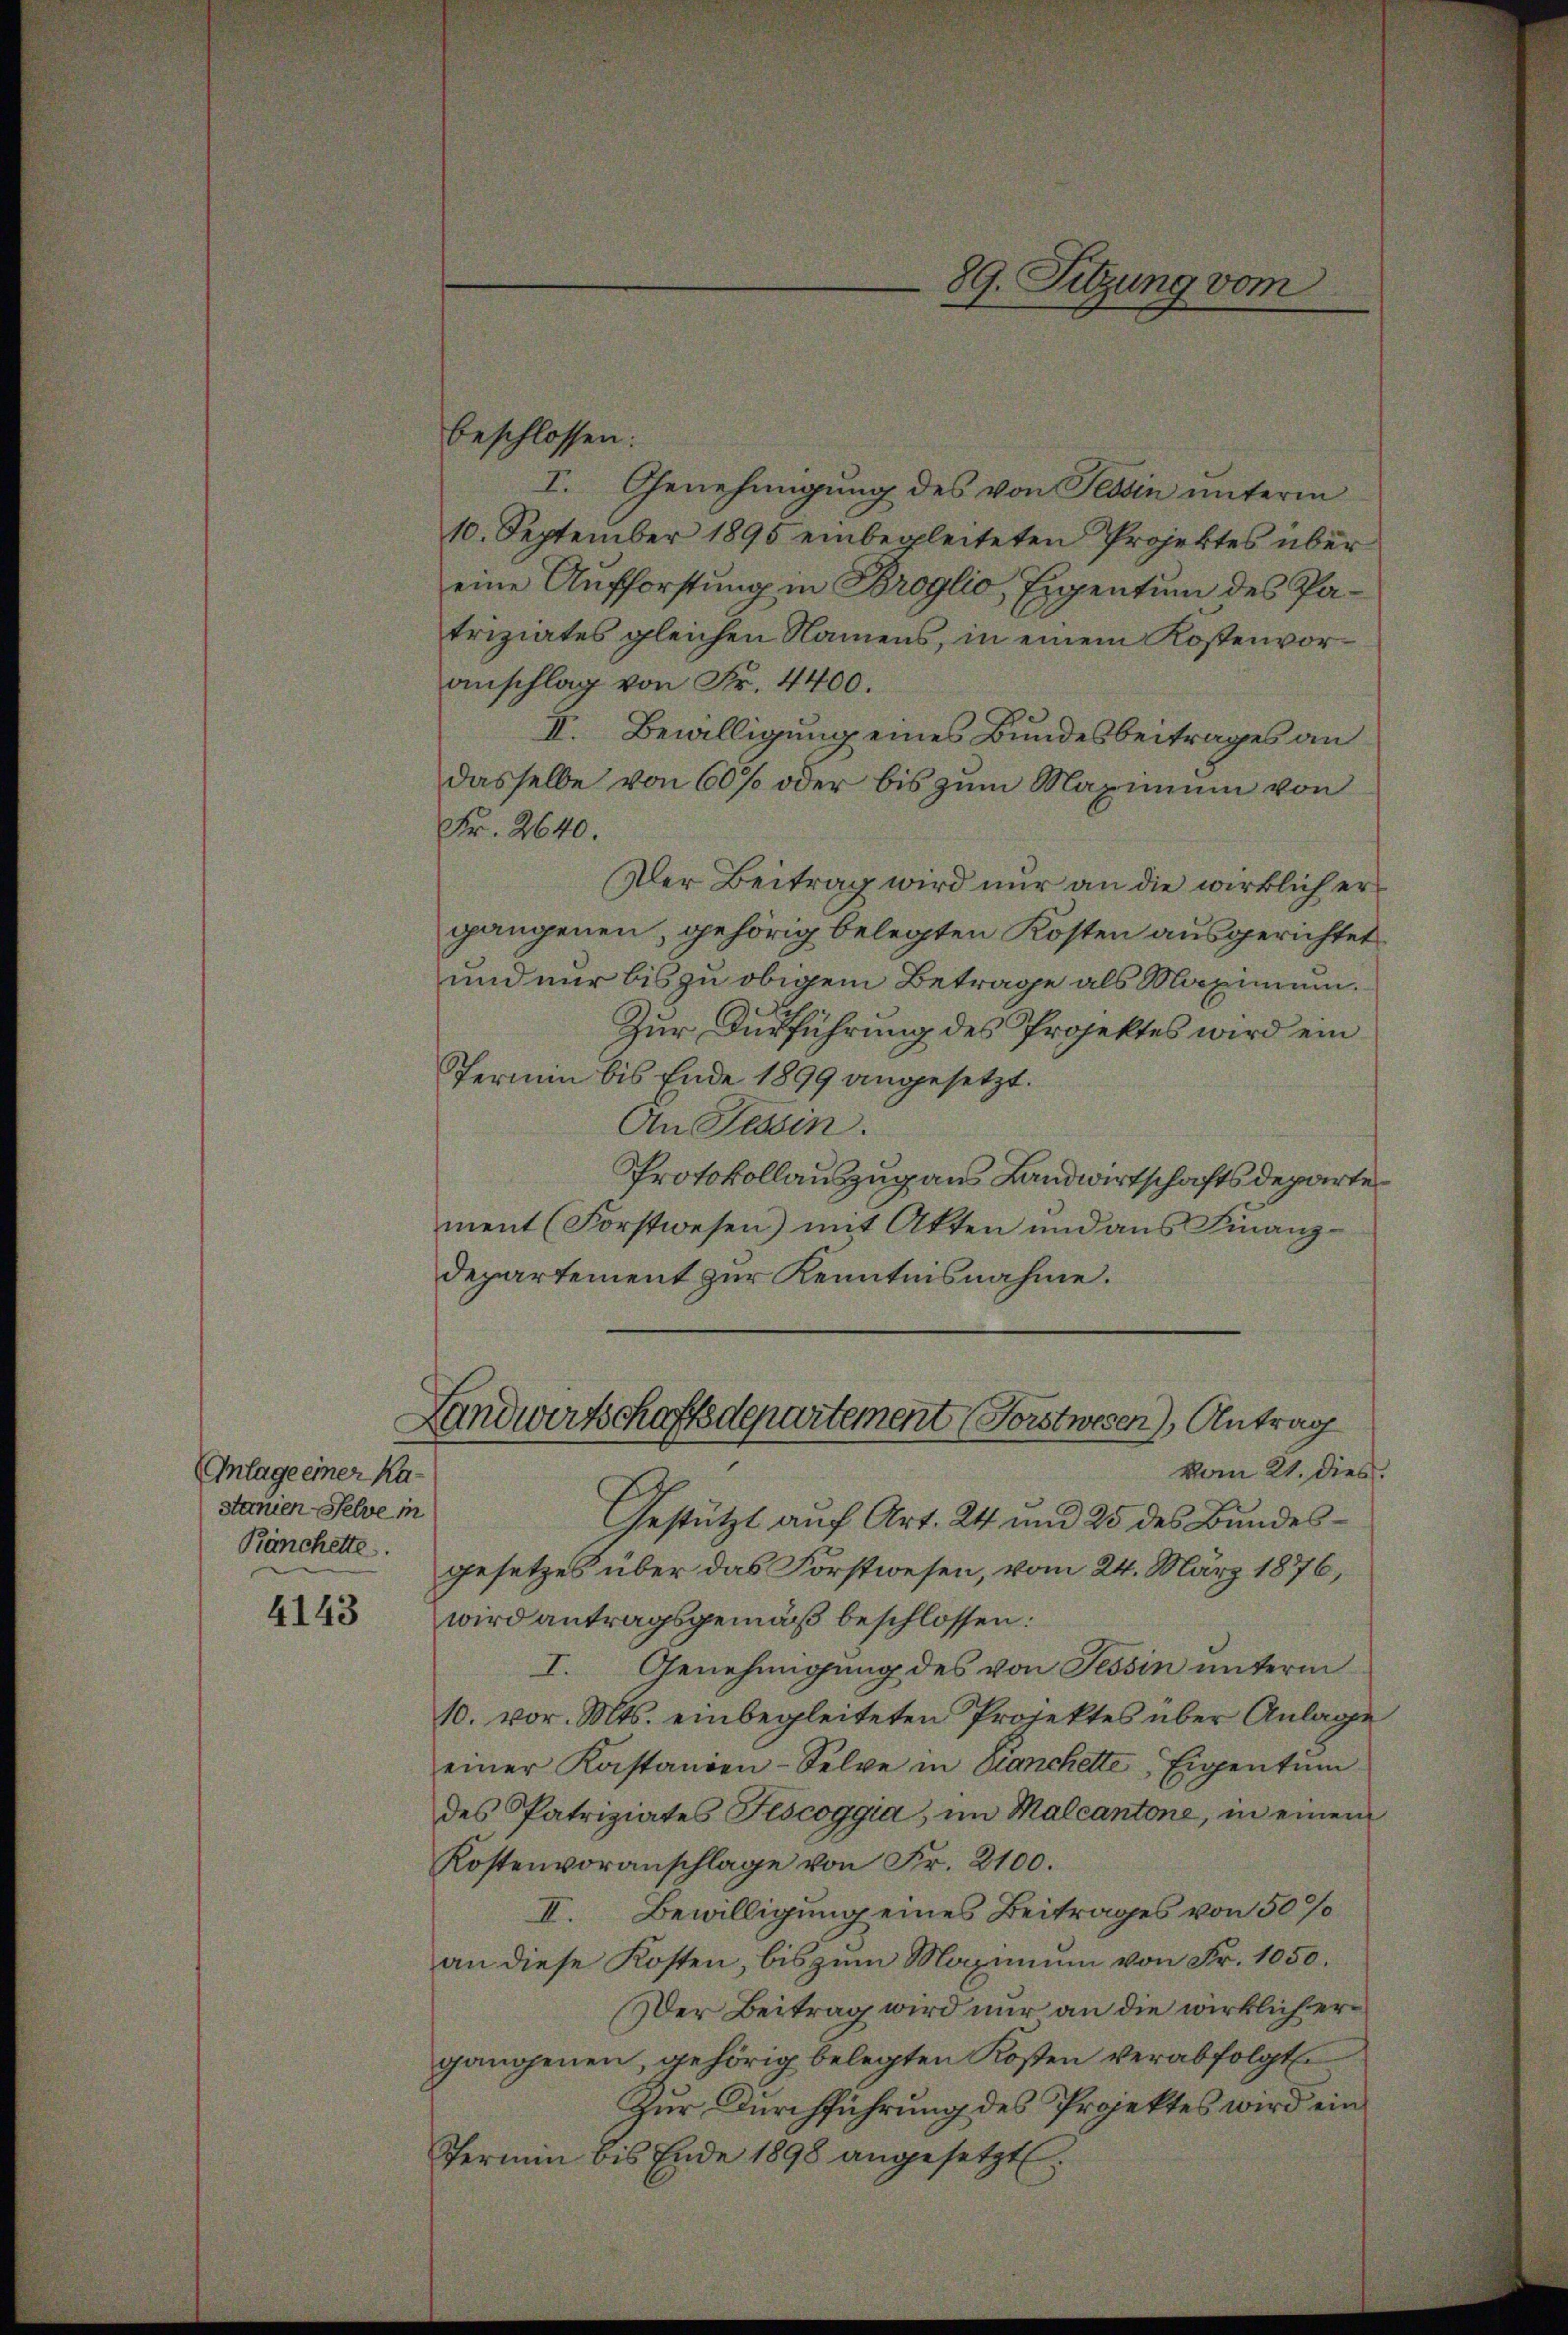
Anlage einer Kastanien-Selve in
Känchette.

4143

89. Sitzung vom

Landwirtschaftsdepartement (Forstwesen), Antrag
vom 21. dies.

beschlossen:
I. Genehmigung des von Tessin unterm
10. September 1895 einbegleiteten Projektes über
eine Aufforstung in Broglio, Eigentum des Patriziates gleichen Namens, in einem Kostenvoranschlag von Fr. 4400.
II. Bewilligung eines Bundesbeitrages an
dasselbe von 60% oder bis zum Maximum von
Fr. 2640.
Der Beitrag wird nur an die wirklich ergangenen, gehörig belegten Kosten ausgerichtet
und nur bis zu obigem Betrage als Maximum.
Zur Ausführung des Projektes wird ein
Termin bis Ende 1899 angesetzt.
An Tessin.
Protokollauszug aus Landwirtschaftsdepartement (Forstwesen) mit Akten und aus Finanzdepartement zur Kenntnisnahme.

Gestützt auf Art. 24 und 25 des Bundesgesetzes über das Forstwesen, vom 24. März 1876,
wird antragsgemäß beschlossen:
Genehmigung des von Tessin unterm
I.
10. vor. Mts. einbegleiteten Projektes über Anlage
einer Kastanden-Selve in Kranchette Eigentum
des Patriziates Fiscoggia, im Malcantone, in einem
Kostenvoranschlage von Fr. 2100.
II. Bewilligung eines Beitrages von 50 %
an diese Kosten, bis zum Maximum von Fr. 1050.
Der Beitrag wird nur an die wirklich ergangenen, gehörig belegten Kosten verabfolgt.
Zur Durchführung des Projektes wird ein
Termin bis Ende 1898 angesetzt.